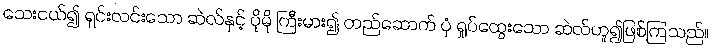
သေးငယ်၍ ရှင်းလင်းသော ဆဲလ်နှင့် ပိုမို ကြီးမား၍ တည်ဆောက် ပုံ ရှုပ်ထွေးသော ဆဲလ်ဟူ၍ဖြစ်ကြသည်။